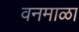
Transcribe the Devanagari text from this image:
वनमाळा